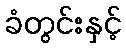
ခံတွင်းနှင့်